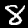
Label: 8